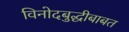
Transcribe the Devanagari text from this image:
विनोदबुद्धीबाबत